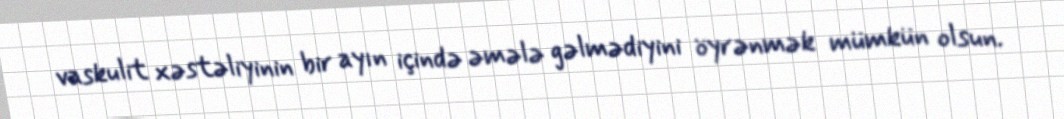
vaskulit xəstəliyinin bir ayın içində əmələ gəlmədiyini öyrənmək mümkün olsun.